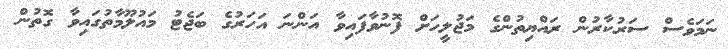
ނަމަވެސް ސަރުކާރުން ރައްޔިތުންގެ މަޖުލީހަށް ފޮނުވާފައިވާ އަންނަ އަހަރުގެ ބަޖެޓު މައުލޫމާތުގައިވާ ގޮތުން